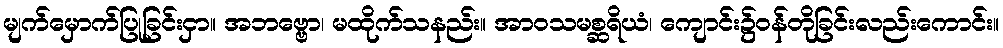
မျက်မှောက်ပြုခြင်းငှာ။ အဘဗ္ဗော၊ မထိုက်သနည်း။ အာဝသမစ္ဆရိယံ၊ ကျောင်း၌ဝန်တိုခြင်းလည်းကောင်း။